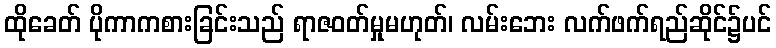
ထိုခေတ် ပိုကာကစားခြင်းသည် ရာဇဝတ်မှုမဟုတ်၊ လမ်းဘေး လက်ဖက်ရည်ဆိုင်၌ပင်